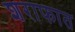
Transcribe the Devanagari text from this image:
शराफात